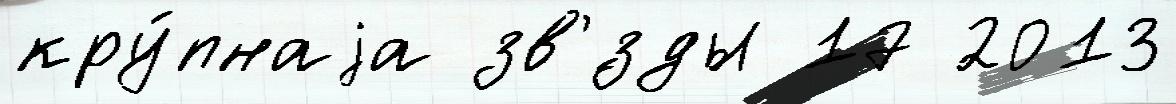
кру́пнаjа зв'́зды 17 2013